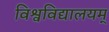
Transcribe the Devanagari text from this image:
विश्वविद्यालयम्‌